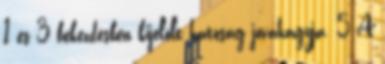
1 és 3 bekezdésben kijelölt hatóság jóváhagyja. 5 A